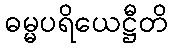
ဓမ္မပရိယေဋ္ဌီတိ